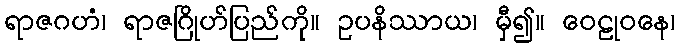
ရာဇဂဟံ၊ ရာဇဂြိုဟ်ပြည်ကို။ ဥပနိဿာယ၊ မှီ၍။ ဝေဠုဝနေ၊